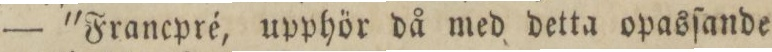
— 'Francpré, upphör då med detta opasſande